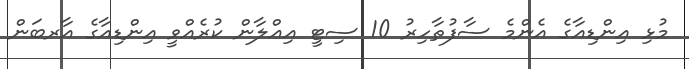
މުޅި އިންޑިއާގެ އެންމެ ސާފުތާހިރު 10 ސިޓީ އިޢްލާން ކުރެއްވީ އިންޑިއާގެ އާރބަން